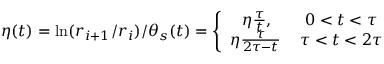
\eta ( t ) = \ln ( r _ { i + 1 } / r _ { i } ) / \theta _ { s } ( t ) = \left\lbrace \begin{array} { c c } { \eta \frac { \tau } { t } , } & { 0 < t < \tau } \\ { \eta \frac { \tau } { 2 \tau - t } \, } & { \tau < t < 2 \tau } \end{array} \right.